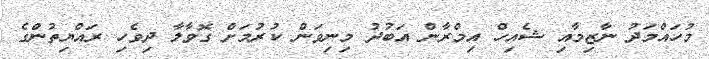
މުހައްމަދު ނާޒިމާއި ޝެއިހް އިމްރާން އަބުދު މިނިވަން ކުރުމަށް ގޮވާލާ ދިވެހި ރައްޔިތުންގެ